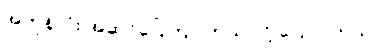
အကုန်လုံး အဆင်ပြေကြပါတယ် လို့ ပြောပါတယ်။